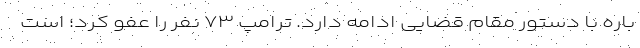
باره با دستور مقام قضایی ادامه دارد. ترامپ ۷۳ نفر را عفو کرد؛ است